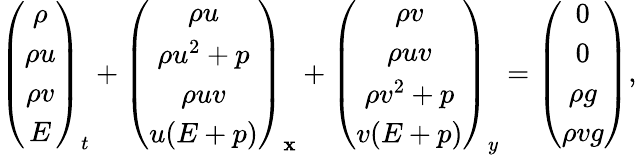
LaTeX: \left(\begin{array}{c}{\rho}\\ {\rho u}\\ {\rho v}\\ {E}\end{array}\right)_{t}+\left(\begin{array}{c}{\rho u}\\ {\rho u^{2}+p}\\ {\rho uv}\\ {u(E+p)}\end{array}\right)_{\mathbf{x}}+\left(\begin{array}{c}{\rho v}\\ {\rho uv}\\ {\rho v^{2}+p}\\ {v(E+p)}\end{array}\right)_{y}=\left(\begin{array}{c}{0}\\ {0}\\ {\rho g}\\ {\rho vg}\end{array}\right),